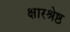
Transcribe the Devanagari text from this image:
क्षारश्रेष्ठ